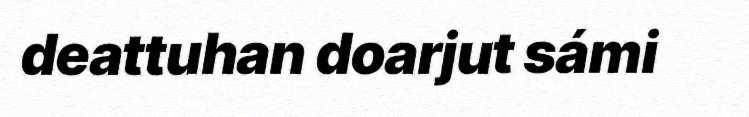
deattuhan doarjut sámi